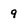
Character: 9